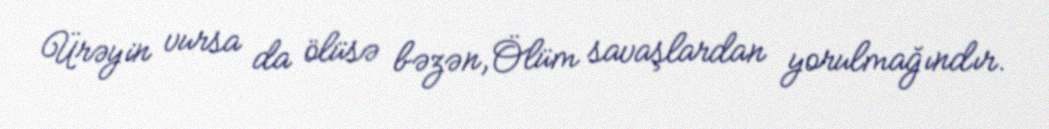
Ürəyin vursa da ölüsə bəzən,Ölüm savaşlardan yorulmağındır.